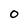
Character: 0